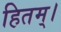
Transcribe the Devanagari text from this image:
हितम्।